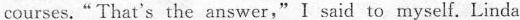
courses."That's the answer,"I said to myself. Linda